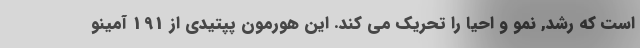
است که رشد, نمو و احیا را تحریک می کند. این هورمون پپتیدی از 191 آمینو